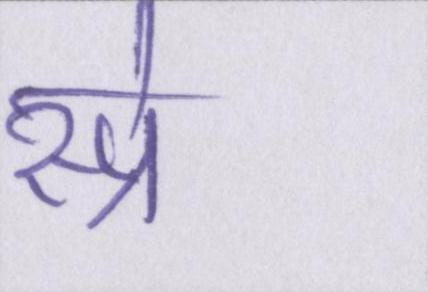
स्प्रे